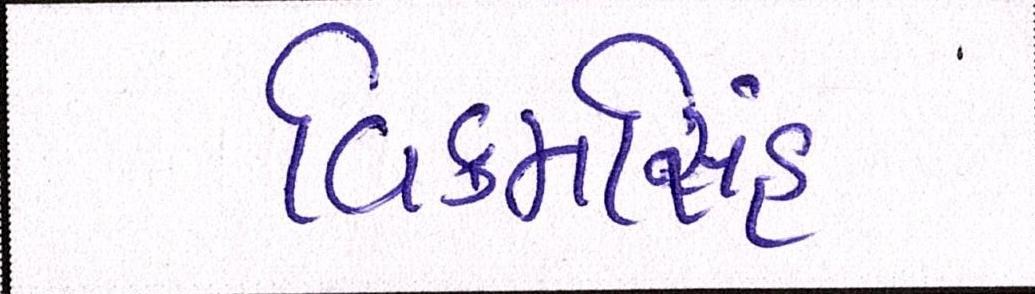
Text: વિક્રમસિંહ